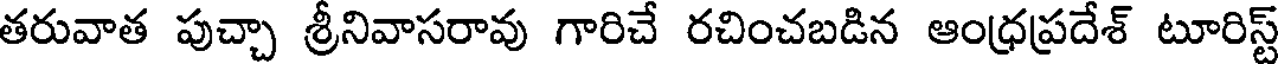
తరువాత పుచ్చా శ్రీనివాసరావు గారిచే రచించబడిన ఆంధ్రప్రదేశ్ టూరిస్ట్